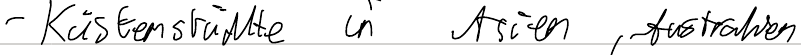
- Küstenstädte in Asien, Australien